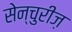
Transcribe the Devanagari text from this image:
सेन्चुरीज़